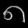
Digit: ၈